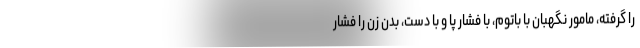
را گرفته، مامور نگهبان با باتوم، با فشار پا و با دست، بدن زن را فشار